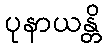
ပုနာယန္တိ